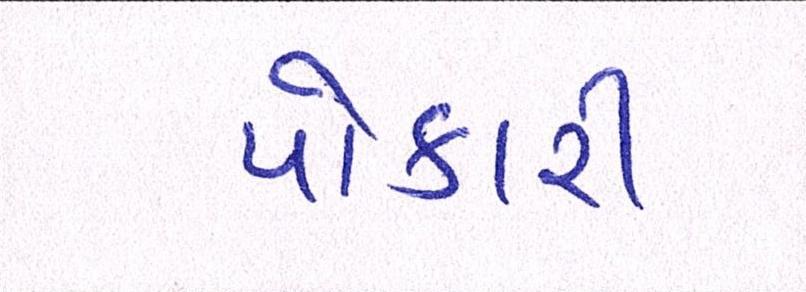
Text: પોકારી